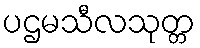
ပဌမသီလသုတ္တ